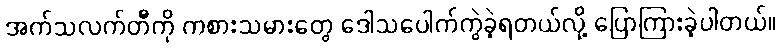
အက်သလက်တီကို ကစားသမားတွေ ဒေါသပေါက်ကွဲခဲ့ရတယ်လို့ ပြောကြားခဲ့ပါတယ်။